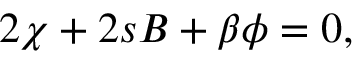
2 \chi + 2 s B + \beta \phi = 0 ,